Annual administration report of the Civil Veterinary Department, Sind - 1940-1941
Year: 1940
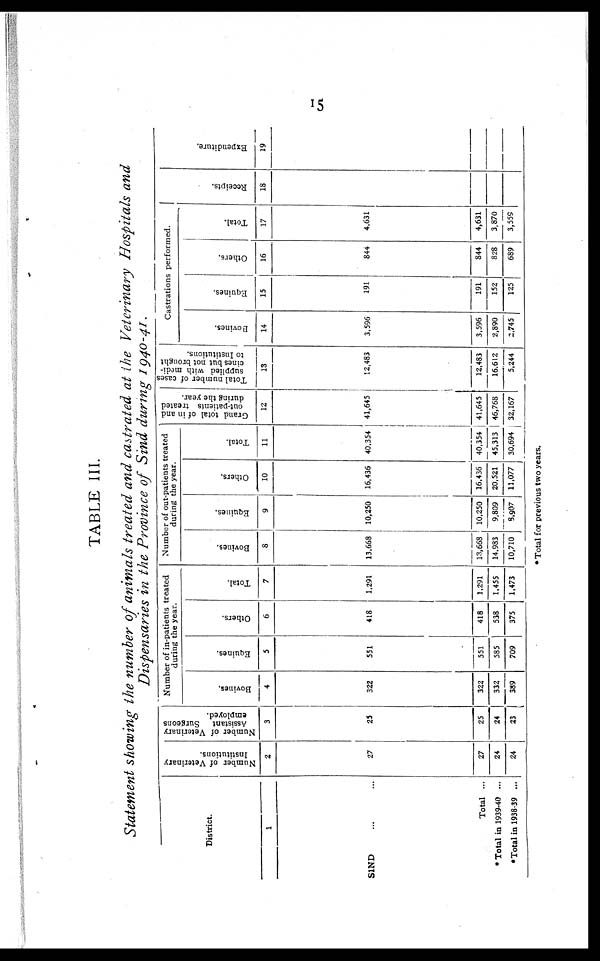
15
TABLE III.
Statement showing the number of animals treated and castrated at the Veterinary Hospitals and
Dispensaries in the Province of Sind during 1940-41.
District.
1
SIND ... ...
Total ...
*Total in 1939-40 ...
*Total in 1938-39 ...
Number of Veterinary
Institutions.
2
27
27
24
24
Number of Veterinary
Assistant Surgeons
employed.
3
25
25
24
23
Number of in-patients treated
during the year.
Bovines.
4
322
322
332
389
Equines.
5
551
551
585
709
Others.
6
418
418
538
375
Total.
7
1,291
1,291
1,455
1,473
Number of out-patients treated
during the year.
Bovines.
8
13,668
13,668
14,983
10,710
Equines.
9
10,250
10,250
9,809
8,907
Others.
10
16,436
16,436
20,521
11,077
Total.
11
40,354
40,354
45,313
30,694
Grand total of in and
out-patients treated
during the year.
12
41,645
41,645
46,768
32,167
Total number of case
supplied with medi-
cines but not brought
to Institutions.
13
12,483
12,483
16,612
5,244
Castrations performed.
Bovines.
14
3,596
3,596
2,890
2,745
Equines.
15
191
191
152
125
Others.
16
844
844
828
689
Total.
17
4,631
4,631
3,870
3,559
Recei pt s .
18
Expe ndi t
ur e .
19
* Total for previous two years.